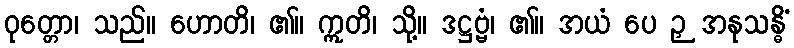
ဝုတ္တော၊ သည်။ ဟောတိ၊ ၏။ ဣတိ၊ သို့။ ဒဋ္ဌဗ္ဗံ၊ ၏။ အယံ ပေ ဉှ အနုသန္ဓိံ